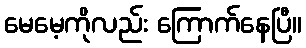
မေမေ့ကိုလည်း ကြောက်နေပြီ။